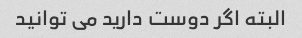
البته اگر دوست دارید می توانید